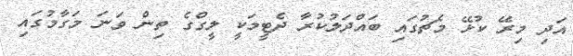
އަދި މިރޭ ކުޅޭ މެޗުގައި ބައްދަލުކުރާ ދެޓީމަކީ ލީގްގެ ތިން ވަަނަ މަގާމުގައި